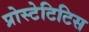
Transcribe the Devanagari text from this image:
प्रोस्टेटिटिस